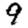
Digit: 9